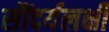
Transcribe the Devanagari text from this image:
सौंदर्यलक्षी